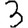
Digit: 3